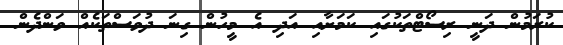
ކުރަމުން ދަނީ ރިސޯޓްތަކުގައި ކަމަށާއި އަދި އެ މީހުން ގިނަ ދުވަސްތަކެއް ވަންދެން